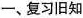
一、复习旧知